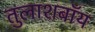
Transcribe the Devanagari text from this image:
तुलाशबॉय